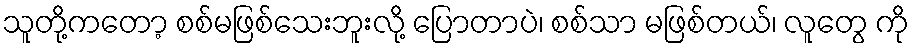
သူတို့ကတော့ စစ်မဖြစ်သေးဘူးလို့ ပြောတာပဲ၊ စစ်သာ မဖြစ်တယ်၊ လူတွေ ကို